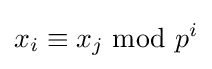
x_{i}\equiv x_{j}{\mbox{ mod }}p^{i}